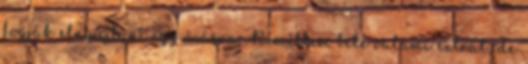
fogják elnyújtani egy órásra. Reméltem bele valami extrát, de